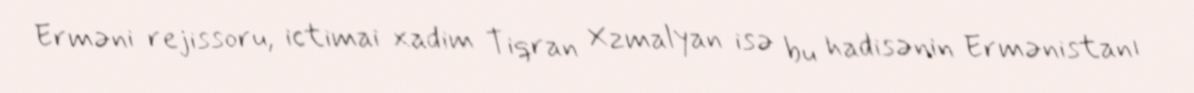
Erməni rejissoru, ictimai xadim Tiqran Xzmalyan isə bu hadisənin Ermənistanı